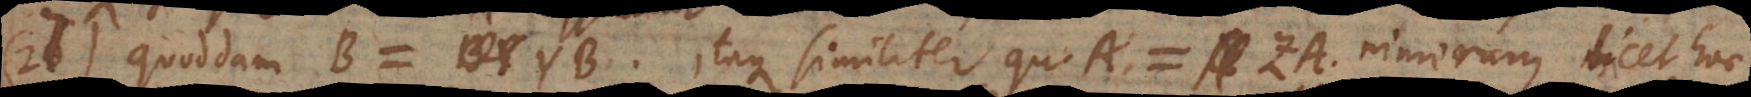
27) Quoddam B = YB. Itaque similiter qu. A = ZA. Nimirum licet hoc